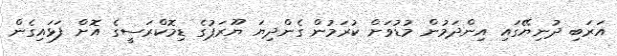
އަރަބި ދުނިޔޭގައި އިންދަމުން މުޑުވަށް ކުރަމުން ގެންދިޔަ ޔޫރަޕުގެ ޑިމޮކްރަސީގެ އޮށް ފަޅައިގެން